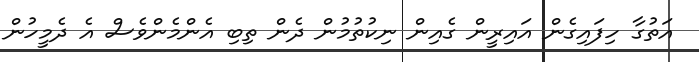
އަތުގާ ހިފައިގެން އައިރީން ގެއިން ނިކުތުމުން ދެން ތިބި އެންމެންވެސް އެ ދެމީހުން